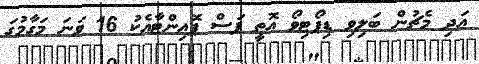
އަދި މެޗުން ބަލިވި ޑިޕޯޓިވޯ އޮތީ ފަސް ޕޮއިންޓާއެކު 16 ވަނަ މަގާމުގަ